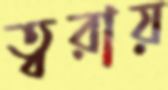
ত্বরায়